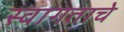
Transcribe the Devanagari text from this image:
स्वागताचे